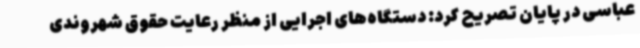
عباسی در پایان تصریح کرد: دستگاه‌های اجرایی از منظر رعایت حقوق شهروندی